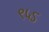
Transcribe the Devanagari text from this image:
९५ऽ